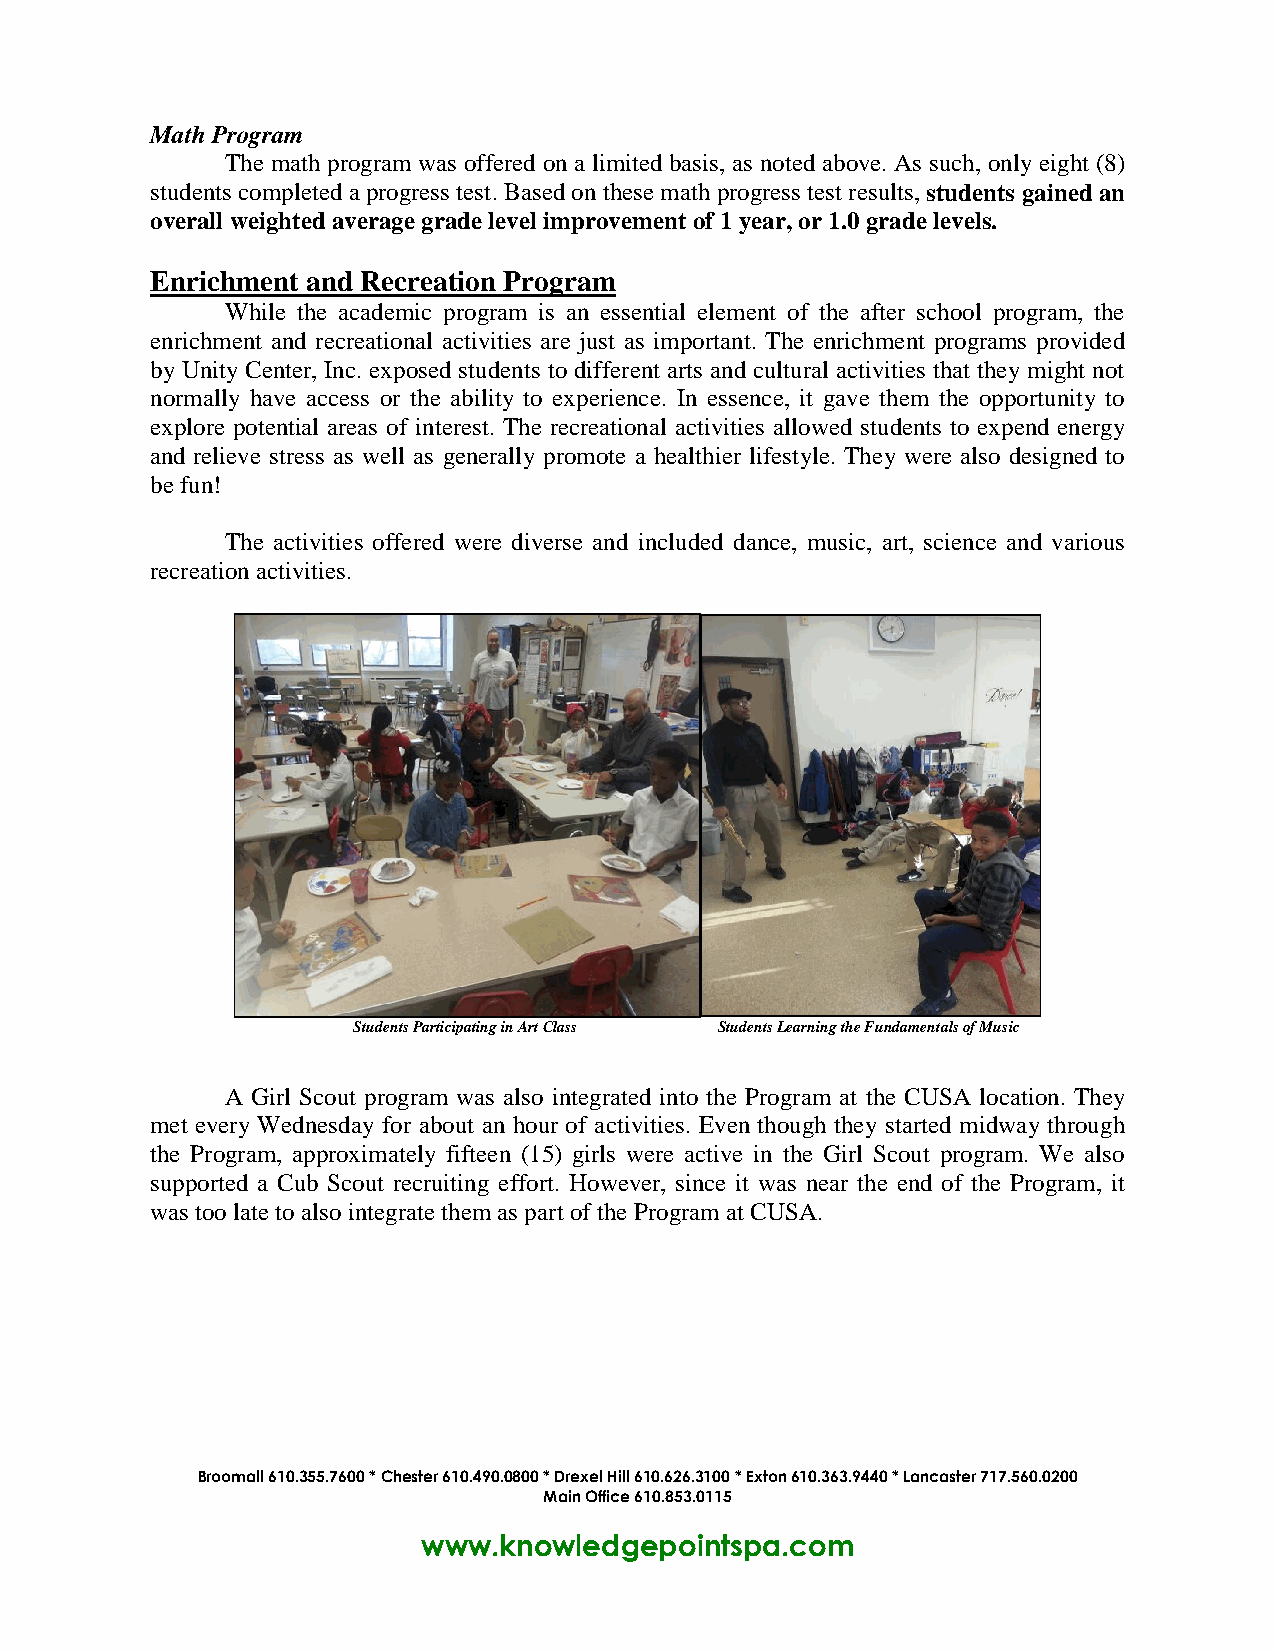
Math Program
 The math program was offered on a limited basis, as noted above. As such, only eight (8)
 students completed a progress test. Based on these math progress test results, students gained an
 overall weighted average grade level improvement of 1 year, or 1.0 grade levels.
 Enrichment and Recreation Program
 While the academic program is an essential element of the after school program, the
 enrichment and recreational activities are just as important. The enrichment programs provided
 by Unity Center, Inc. exposed students to different arts and cultural activities that they might not
 normally have access or the ability to experience. In essence, it gave them the opportunity to
 explore potential areas of interest. The recreational activities allowed students to expend energy
 and relieve stress as well as generally promote a healthier lifestyle. They were also designed to
 be fun!
 The activities offered were diverse and included dance, music, art, science and various
 recreation activities.
 Students Participating in Art Class Students Learning the Fundamentals of Music
 A Girl Scout program was also integrated into the Program at the CUSA location. They
 met every Wednesday for about an hour of activities. Even though they started midway through
 the Program, approximately fifteen (15) girls were active in the Girl Scout program. We also
 supported a Cub Scout recruiting effort. However, since it was near the end of the Program, it
 was too late to also integrate them as part of the Program at CUSA.
 Broomall 610.355.7600 * Chester 610.490.0800 * Drexel Hill 610.626.3100 * Exton 610.363.9440 * Lancaster 717.560.0200
 Main Office 610.853.0115
 www.knowledgepointspa.com